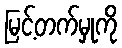
မြင့်တက်မှုကို